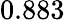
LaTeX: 0.883